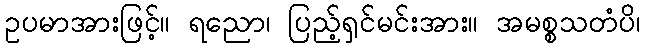
ဥပမာအားဖြင့်။ ရညော၊ ပြည့်ရှင်မင်းအား။ အမစ္စသတံပိ၊